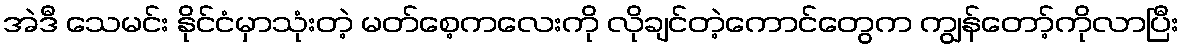
အဲဒီ သေမင်း နိုင်ငံမှာသုံးတဲ့ မတ်စေ့ကလေးကို လိုချင်တဲ့ကောင်တွေက ကျွန်တော့်ကိုလာပြီး